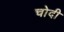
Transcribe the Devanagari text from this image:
चोदी